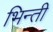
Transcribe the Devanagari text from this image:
भिन्ती